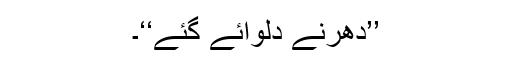
’’دھرنے دلوائے گئے‘‘۔